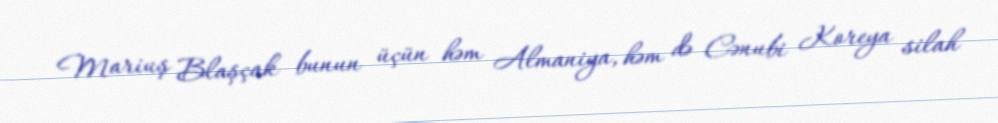
Mariuş Blaşçak bunun üçün həm Almaniya, həm də Cənubi Koreya silah